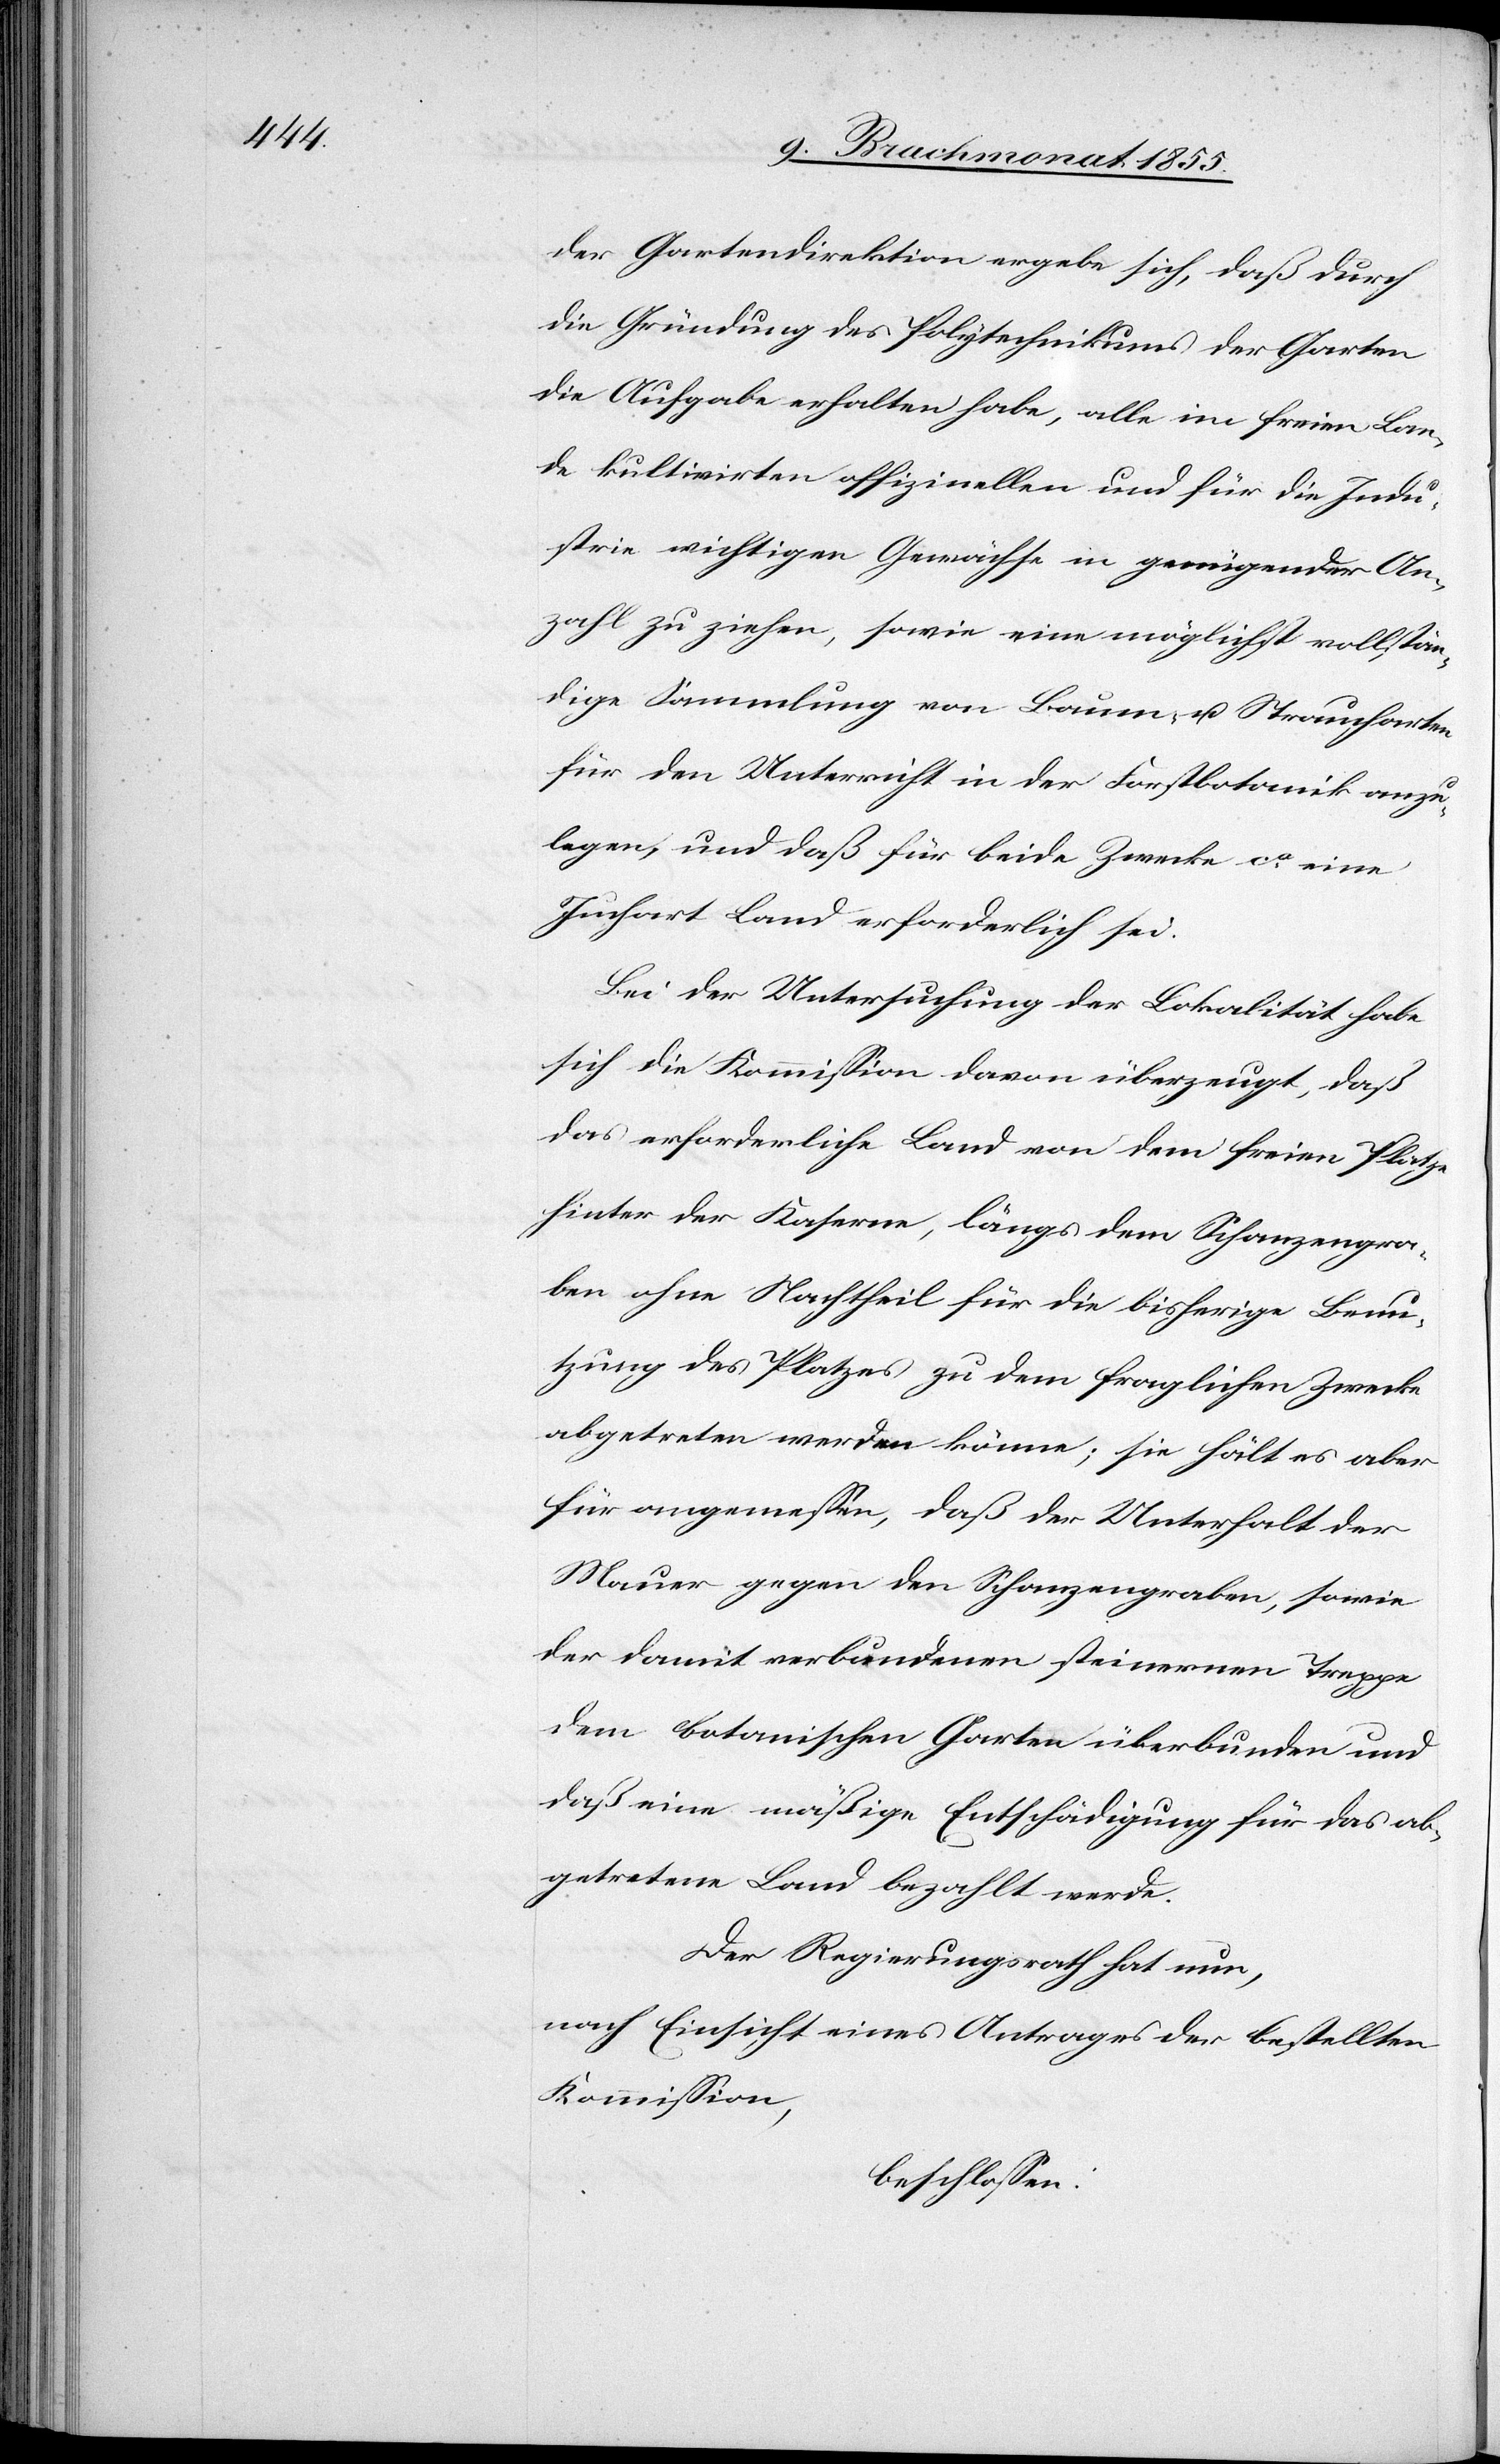
der Gartendirektion ergebe sich, daß durch
die Gründung des Polytechnikums der Garten
die Aufgabe erhalten habe, alle im freien Lan¬
de kultivirten offizinellen und für die Indu¬
strie wichtigen Gewächse in genügender An¬
zahl zu ziehen, sowie eine möglichst vollstän¬
dige Sammlung von Baum- u. Straucharten
für den Unterricht in der Forstbotanik anzu¬
legen, und daß für beide Zwecke ca. eine
Juchart Land erforderlich sei.
Bei der Untersuchung der Lokalität habe
sich die Kommission davon überzeugt, daß
das erforderliche Land von dem freien Platze
hinter der Kaserne, längs dem Schanzengra¬
ben ohne Nachtheil für die bisherige Benu¬
tzung des Platzes zu dem fraglichen Zwecke
abgetreten werden könne; sie hält es aber
für angemessen, daß der Unterhalt der
Mauer gegen den Schanzengraben, sowie
der damit verbundenen steinernen Treppe
dem botanischen Garten überbunden und
daß eine mäßige Entschädigung für das ab¬
getretene Land bezahlt werde.
Der Regierungsrath hat nun,
nach Einsicht eines Antrages der bestellten
Kommission,
beschlossen: